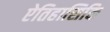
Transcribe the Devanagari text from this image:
ऐतिहासिकि